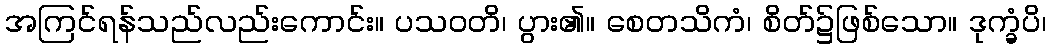
အကြင်ရန်သည်လည်းကောင်း။ ပသဝတိ၊ ပွား၏။ စေတသိကံ၊ စိတ်၌ဖြစ်သော။ ဒုက္ခံပိ၊